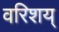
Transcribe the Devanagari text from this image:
वरिशय्